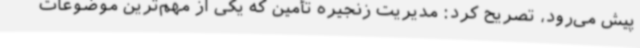
پیش می‌رود، تصریح کرد: مدیریت زنجیره تأمین که یکی از مهم‌ترین موضوعات